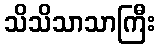
သိသိသာသာကြီး